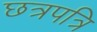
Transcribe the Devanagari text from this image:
छत्रपत्रि